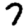
Digit: 7